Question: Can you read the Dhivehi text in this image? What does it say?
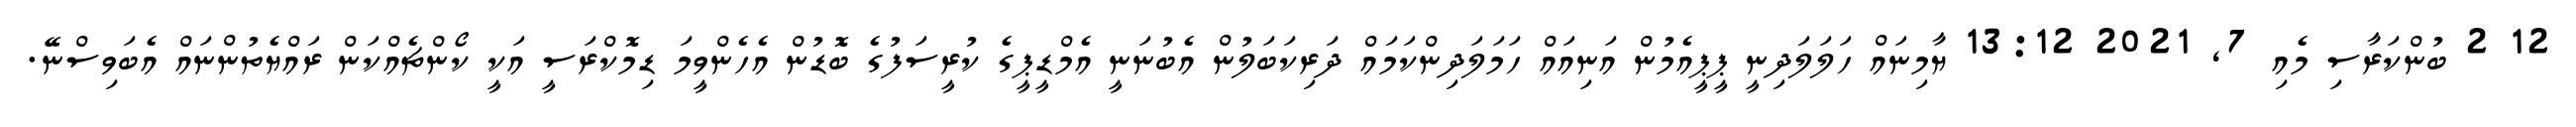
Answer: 12 2 ބުންކަރާސި މެއި 7, 2021 13:12 ޔާމިނައް ހަލަލަދިނީ ޕީޕީއެމުން އަނިއައް ހަމަލަދިންކަމައް ދަރިކަބަލުން އެބުނަނީ އެމްޑީޕީގެ ކުރީސަފުގެ ބޮޑުން އެހެންވީމަ ޑިމޮކްރަސީ އަކީ ކޯންޗެއްކަން ރައްޔެތުންނައް އެބަވިސްނޭ.